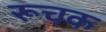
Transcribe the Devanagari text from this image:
रूचक